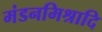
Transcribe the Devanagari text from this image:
मंडनमिश्रादि